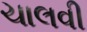
ચાલવી